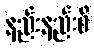
နည်းနည်းစီ